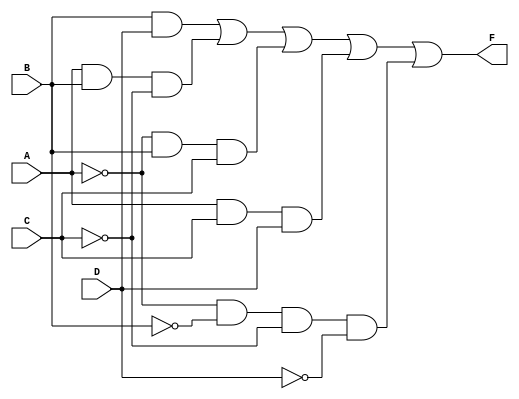
module top(A, B, C, D, F);

input A, B, C, D;
output F;

// YOUR VERILOG CODE BELOW
assign F = B&D | A&B&~C | ~A&B&C | A&C&D | ~A&~B&~C&~D;

//juju on that beat ayy

endmodule